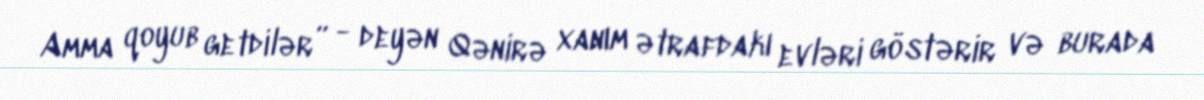
Amma qoyub getdilər” - deyən Qənirə xanım ətrafdakı evləri göstərir və burada